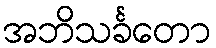
အဘိသင်္ခတော